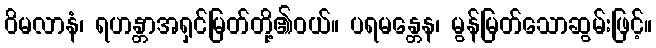
ဝိမလာနံ၊ ရဟန္တာအရှင်မြတ်တို့၏ဝယ်။ ပရမန္တေန၊ မွန်မြတ်သောဆွမ်းဖြင့်။